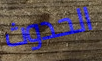
الحدوث